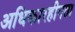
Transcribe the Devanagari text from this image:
अधिकारहीनता